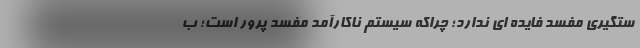
ستگیری مفسد فایده ای ندارد؛ چراکه سیستم ناکارآمد مفسد پرور است؛ ب